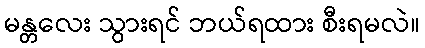
မန္တလေး သွားရင် ဘယ်ရထား စီးရမလဲ။